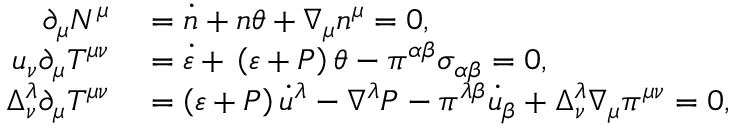
\begin{array} { r l } { \partial _ { \mu } N ^ { \mu } } & { { } = \dot { n } + n \theta + \nabla _ { \mu } n ^ { \mu } = 0 , } \\ { u _ { \nu } \partial _ { \mu } T ^ { \mu \nu } } & { { } = \dot { \varepsilon } + \, \left( \varepsilon + P \right) \theta - \pi ^ { \alpha \beta } \sigma _ { \alpha \beta } = 0 , } \\ { \Delta _ { \nu } ^ { \lambda } \partial _ { \mu } T ^ { \mu \nu } } & { { } = \left( \varepsilon + P \right) \dot { u } ^ { \lambda } - \nabla ^ { \lambda } P - \pi ^ { \lambda \beta } \dot { u } _ { \beta } + \Delta _ { \nu } ^ { \lambda } \nabla _ { \mu } \pi ^ { \mu \nu } = 0 , } \end{array}